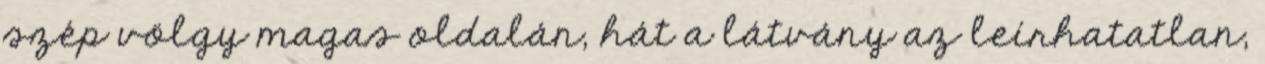
szép völgy magas oldalán, hát a látvány az leírhatatlan,